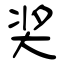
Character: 奖